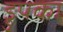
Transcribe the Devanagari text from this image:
ड्रुपका